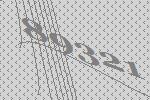
89321